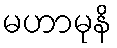
မဟာမုနိ